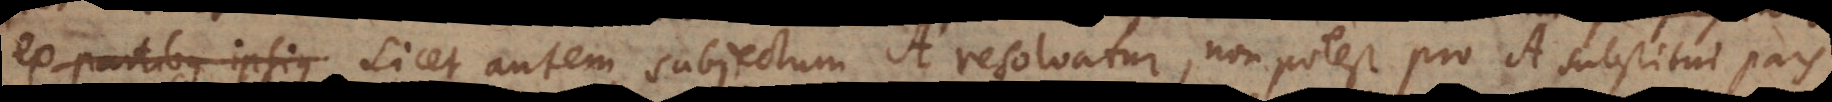
ex partibus ipsius Licet autem subjectum A resolvatur, non potest pro A substitui pars